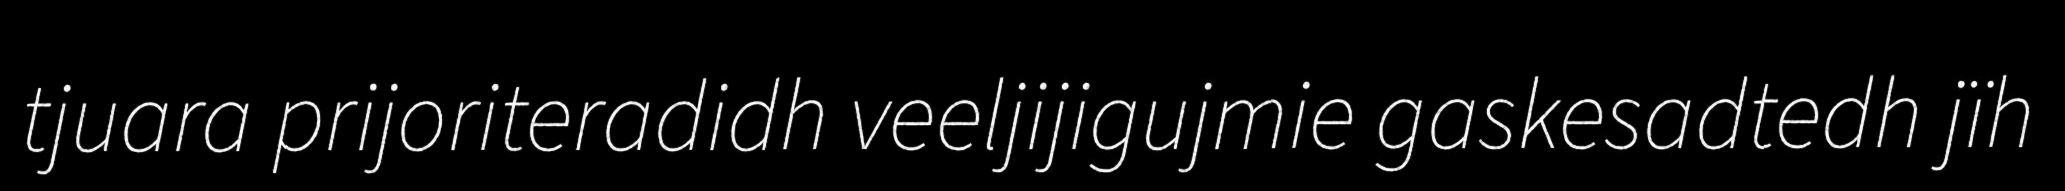
tjuara prijoriteradidh veeljijigujmie gaskesadtedh jïh